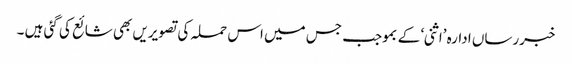
خبررساں ادارہ ’اثنی‘ کے بموجب جس میں اس حملہ کی تصویریں بھی شائع کی گئی ہیں ۔